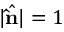
| \hat { \bf \hat { n } } | = 1